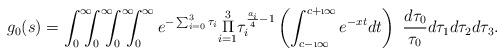
LaTeX: \begin{align*}g_0(s)=\int_{0}^{\infty} \!\!\!\! \int_{0}^{\infty} \!\!\!\! \int_{0}^{\infty} \!\!\!\! \int_{0}^{\infty}e^{-\sum_{i=0}^3 \tau_i} \overset{\scriptstyle 3}{\underset{\scriptstyle i=1}\Pi}\tau_i^{\frac{a_i}4-1} \left(\int_{c-\i\infty}^{c+\i\infty} e^{-xt} dt\right)\ \frac{d\tau_0}{\tau_0}d\tau_1d\tau_2d\tau_3.\end{align*}